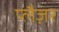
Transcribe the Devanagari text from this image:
प्लैज़र